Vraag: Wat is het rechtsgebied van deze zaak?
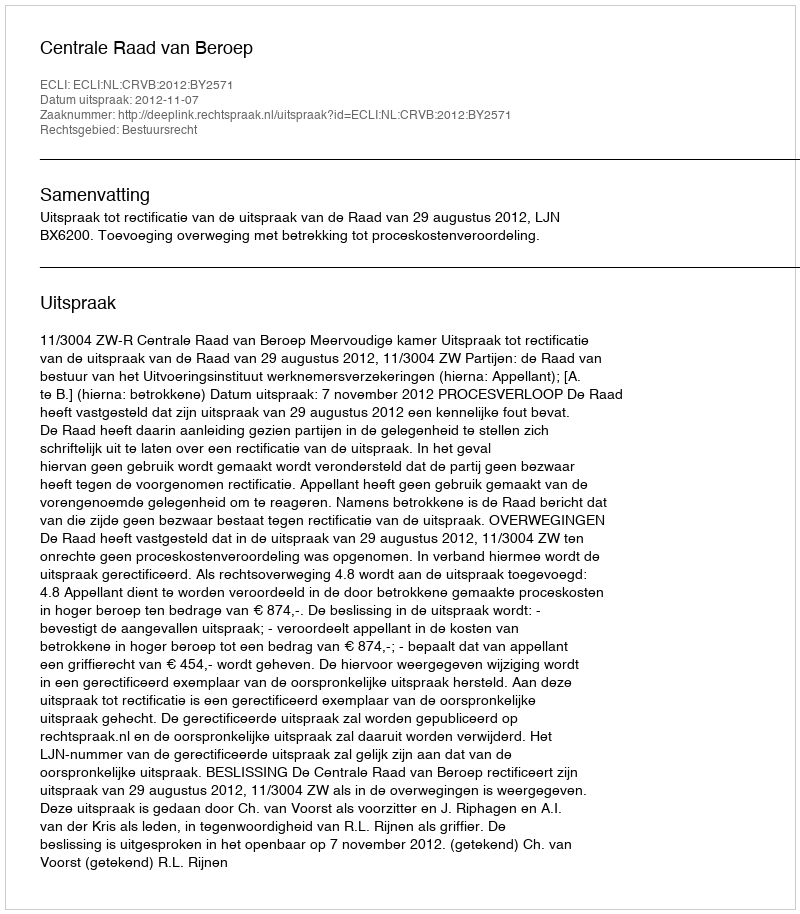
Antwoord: Bestuursrecht